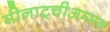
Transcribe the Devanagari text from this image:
मीनाट्चीअम्मन